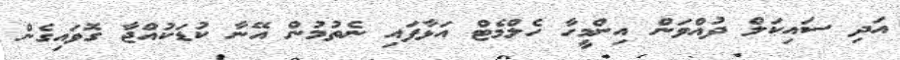
އަދި ސައިކަލް ދުއްވަން އިންމީހާ ހެލްމެޓް އަޅާފައި ނެތުމުން އޭނާ ކުޑަކުއްޖާ ގޮވައިގެން